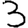
Digit: 3